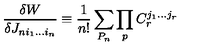
{ \frac { \delta W } { \delta J _ { n i _ { 1 } . . . i _ { n } } } } \equiv { \frac { 1 } { n ! } } \sum _ { P _ { n } } \prod _ { p } C _ { r } ^ { j _ { 1 } . . . j _ { r } }